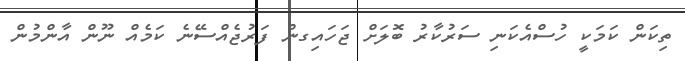
ތިކަން ކަމަކީ ހުސްއެކަނި ސަރުކާރު ބޮލަށް ޖަހައިގން ފަރުޖެއްސޭނެ ކަމެއް ނޫން އާންމުން